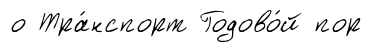
о Тра́нспорт Годово́й пор